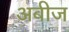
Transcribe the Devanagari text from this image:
अबीज